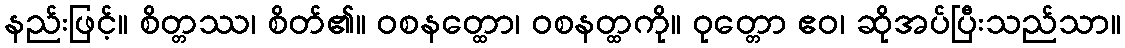
နည်းဖြင့်။ စိတ္တဿ၊ စိတ်၏။ ဝစနတ္ထော၊ ဝစနတ္ထကို။ ဝုတ္တော ဧဝ၊ ဆိုအပ်ပြီးသည်သာ။